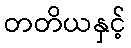
တတိယနှင့်